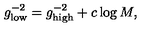
g _ { \mathrm { l o w } } ^ { - 2 } = g _ { \mathrm { h i g h } } ^ { - 2 } + c \log M ,